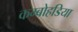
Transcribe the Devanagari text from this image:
कम्बोहडिया